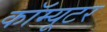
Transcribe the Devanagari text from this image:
कॉम्यूटर